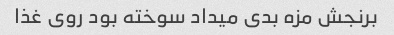
برنجش مزه بدی میداد سوخته بود روی غذا